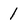
Character: 1